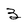
Character: 3